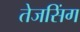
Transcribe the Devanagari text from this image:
तेजसिंग